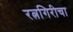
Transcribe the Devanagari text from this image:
रत्नगिरीचा